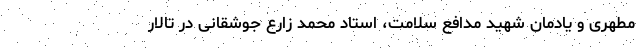
مطهری و یادمان شهید مدافع سلامت، استاد محمد زارع جوشقانی در تالار